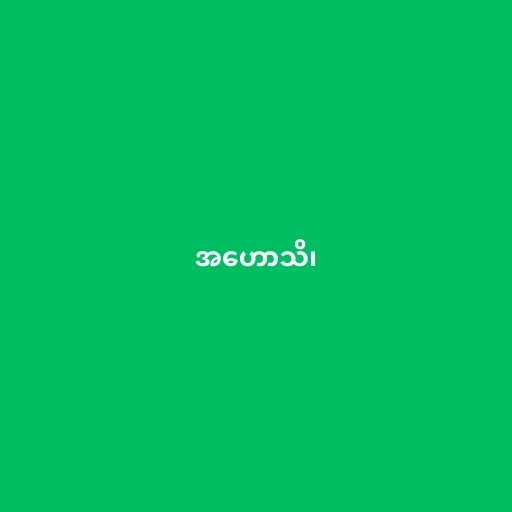
အဟောသိ၊